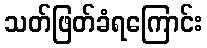
သတ်ဖြတ်ခံရကြောင်း